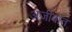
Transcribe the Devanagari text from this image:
अजीबात